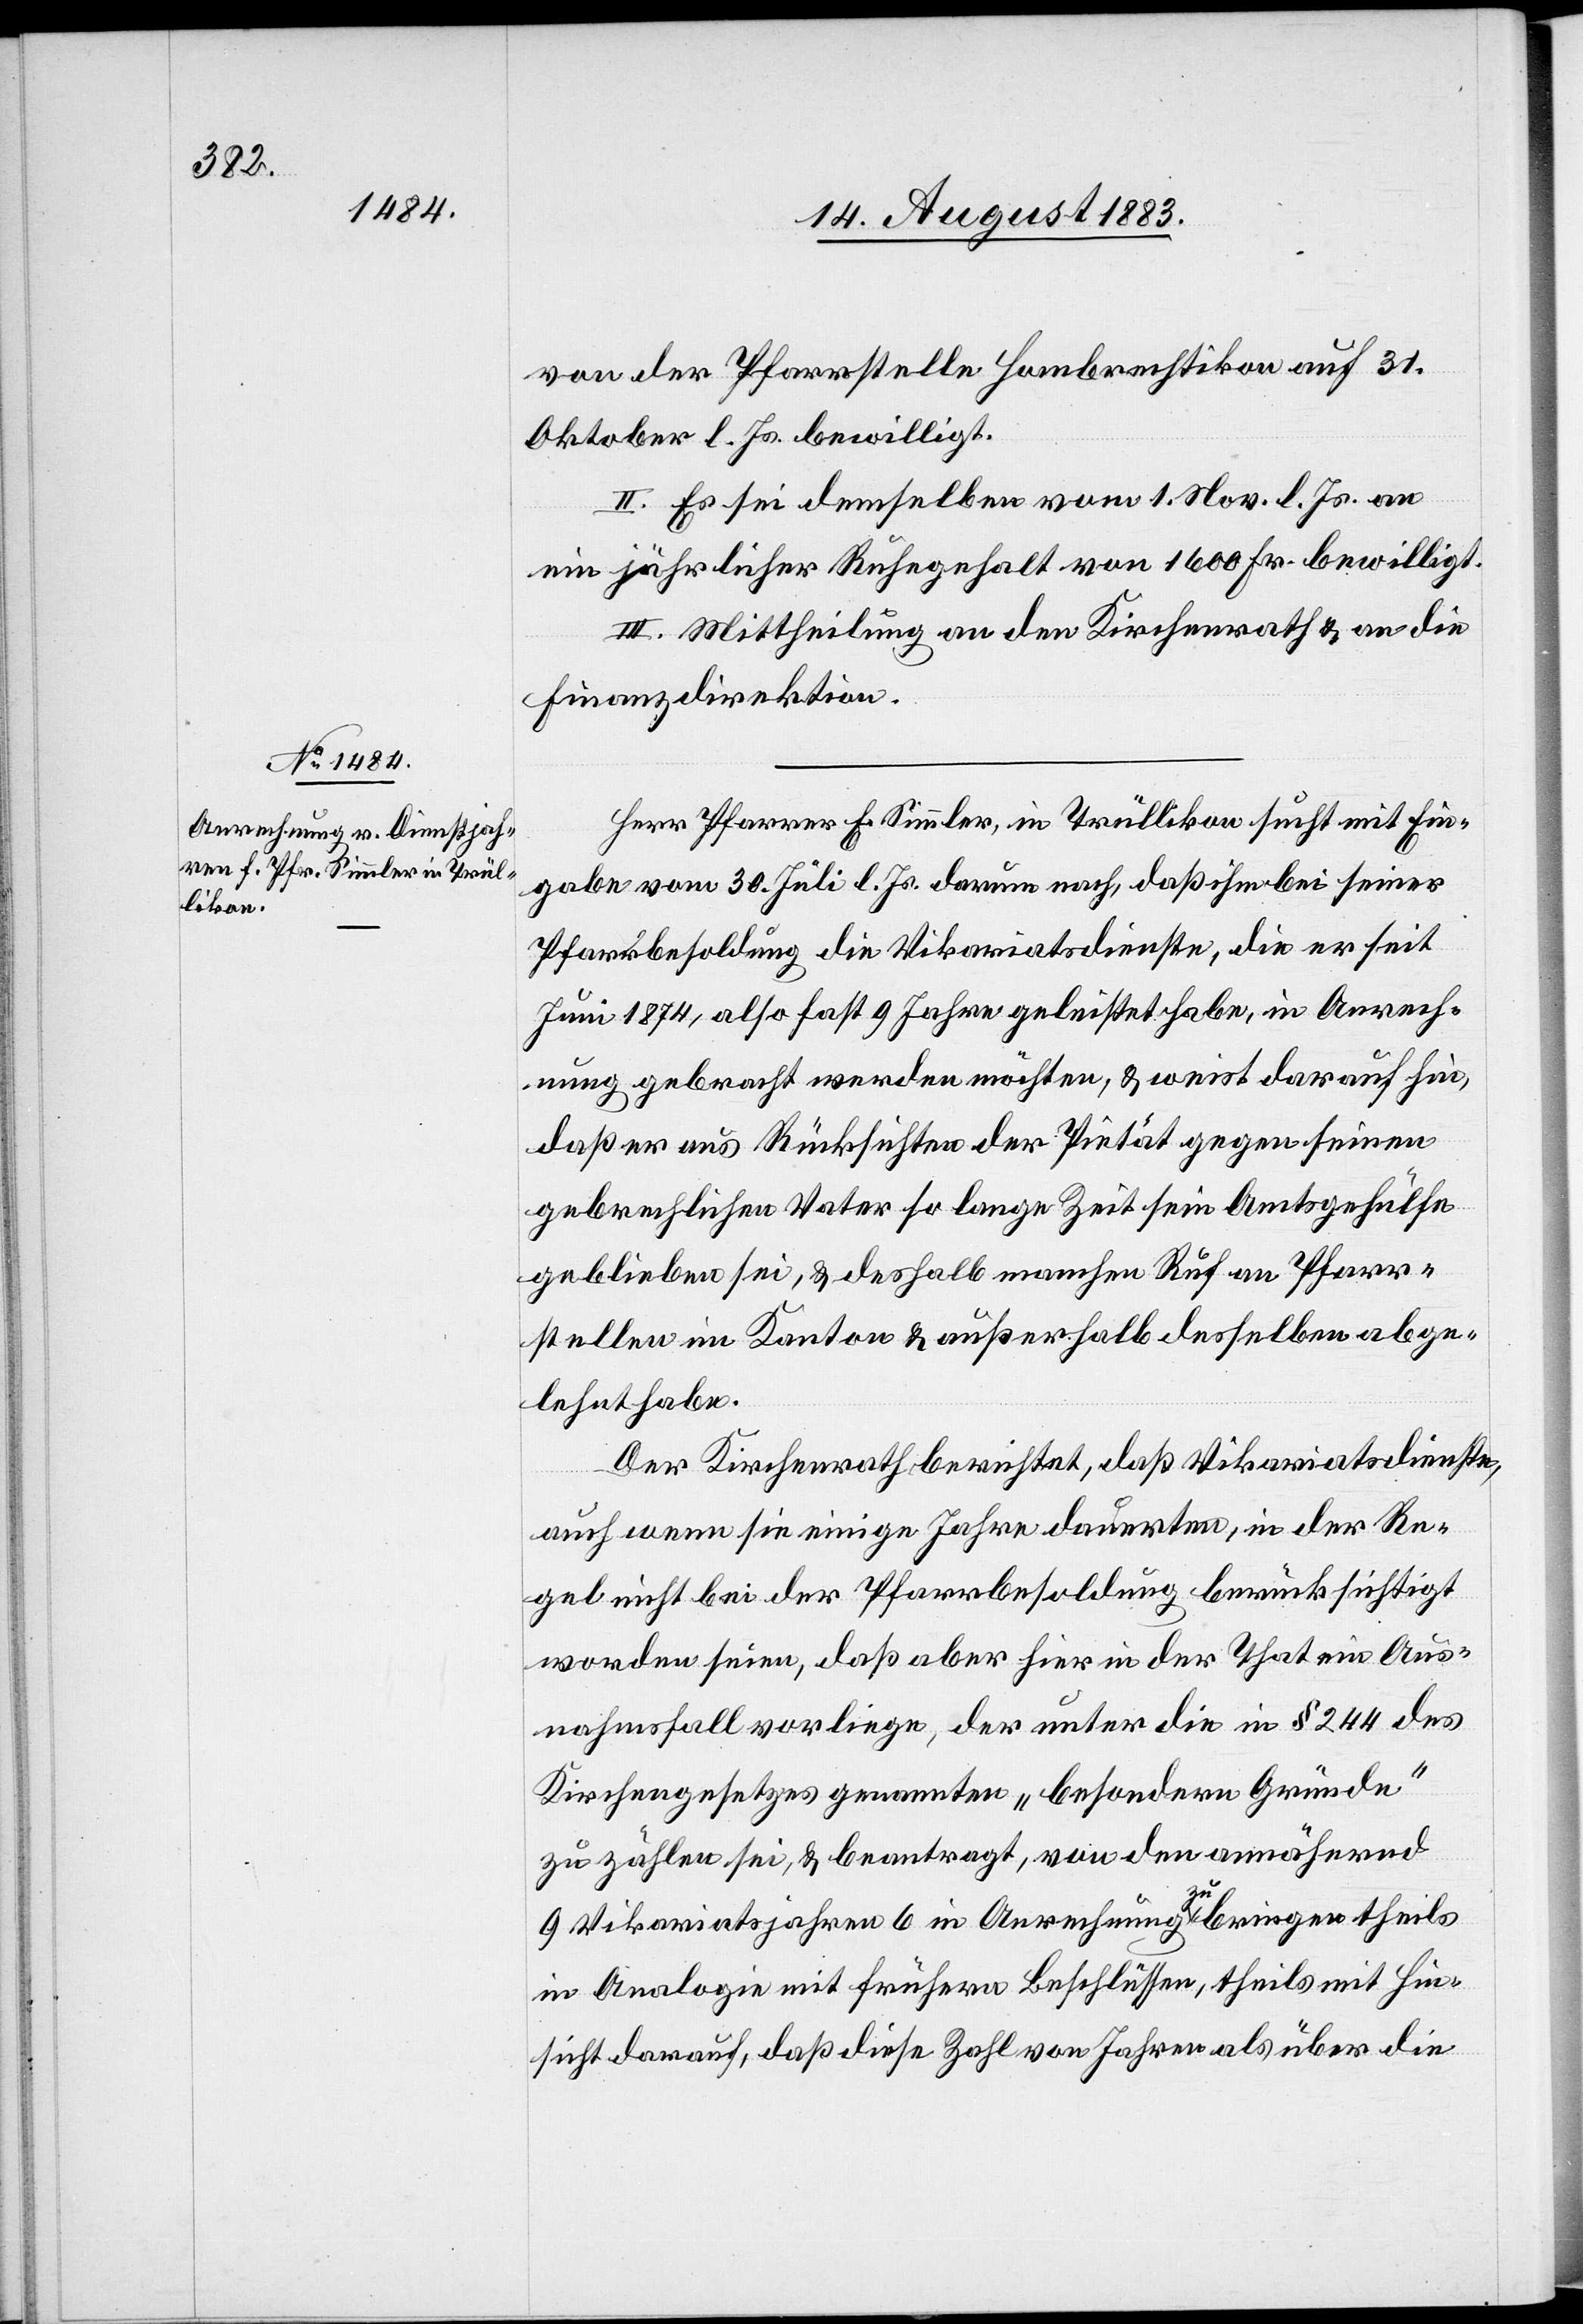
von der Pfarrstelle Hombrechtikon auf 31.
Oktober l. Js. bewilligt.
II. Es sei demselben vom 1. Nov. l. Js. an
ein jährlicher Ruhegehalt von 1600 Fr. bewilligt.
III. Mittheilung an den Kirchenrath & an die
Finanzdirektion.
Herr Pfarrer E. Simmler, in Trüllikon sucht mit Ein¬
gabe vom 30. Juli l. Js. darum nach, daß ihm bei seiner
Pfarrbesoldung die Vikariatsdienste, die er seit
Juni 1874, also fast 9 Jahre[n] geleistet habe, in Anrech¬
nung gebracht werden möchten, & weist darauf hin,
daß er aus Rücksichten der Pietät gegen seinen
gebrechlichen Vater so lange Zeit sein Amtsgehülfe
geblieben sei, & deshalb manchen Ruf an Pfarr¬
stellen im Kanton & außerhalb desselben abge¬
lehnt habe.
Der Kirchenrath berichtet, daß Vikariatsdienste,
auch wenn sie einige Jahre dauerten, in der Re¬
gel nicht bei der Pfarrbesoldung berücksichtigt
worden seien, daß aber hier in der That ein Aus¬
nahmsfall vorliege, der unter die in § 244 des
Kirchgengesetzes genannten „besondern Gründe“
zu zählen sei, & beantragt, von den annährend
9 Vikariatsjahren 6 in Anrechnung zu bringen theils
in Analogie mit frühern Beschlüssen, theils mit Hin¬
sicht darauf, daß diese Zahl von Jahren als über die